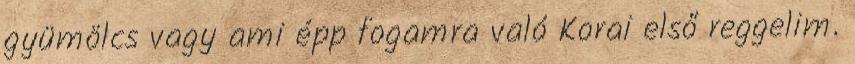
gyümölcs vagy ami épp fogamra való Korai első reggelim.